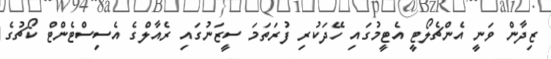
ޒިދާން ވަނީ އެންޗެލޯޓީ އެޓީމުގައި ހޭދަކުރި ފުރަތަމަ ސީޒަނުގައި ރެއާލްގެ އެސިސްޓެންޓް ކޯޗުގެ